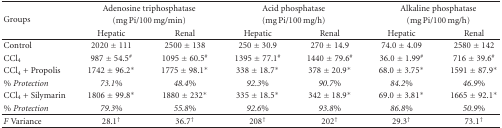
| <ROWSPAN=3> Groups | <COLSPAN=2> Adenosine triphosphatase | <COLSPAN=2> Acid phosphatase | <COLSPAN=2> Alkaline phosphatase |
 | <COLSPAN=2> (mg Pi/100 mg/min) | <COLSPAN=2> (mg Pi/100 mg/h) | <COLSPAN=2> (mg Pi/100 mg/h) |
 | Hepatic | Renal | Hepatic | Renal | Hepatic | Renal |
 | --- | --- | --- | --- | --- | --- | --- |
 | Control | 2020 ± 111 | 2500 ± 138 | 250 ± 30.9 | 270 ± 14.9 | 74.0 ± 4.09 | 2580 ± 142 |
 | CCl4 | 987 ± 54.5# | 1095 ± 60.5# | 1395 ± 77.1# | 1440 ± 79.6# | 36.0 ± 1.99# | 716 ± 39.6# |
 | CCl4 + Propolis | 1742 ± 96.2* | 1775 ± 98.1* | 338 ± 18.7* | 378 ± 20.9* | 68.0 ± 3.75* | 1591 ± 87.9* |
 | % Protection | 73.1% | 48.4% | 92.3% | 90.7% | 84.2% | 46.9% |
 | CCl4 + Silymarin | 1806 ± 99.8* | 1880 ± 232* | 335 ± 18.5* | 342 ± 18.9* | 69.0 ± 3.81* | 1665 ± 92.1* |
 | % Protection | 79.3% | 55.8% | 92.6% | 93.8% | 86.8% | 50.9% |
 | F Variance | 28.1† | 36.7† | 208† | 202† | 29.3† | 73.1† |